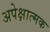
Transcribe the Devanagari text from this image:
अपेक्षात्मक